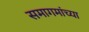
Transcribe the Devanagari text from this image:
समागमांच्या